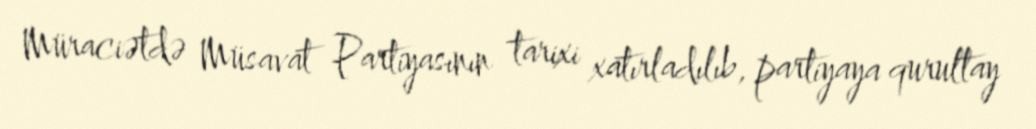
Müraciətdə Müsavat Partiyasının tarixi xatırladılıb, partiyaya qurultay